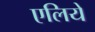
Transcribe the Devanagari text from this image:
एलिये